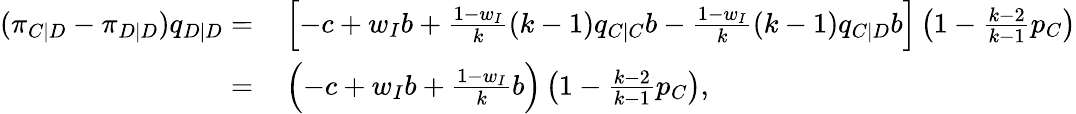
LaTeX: \begin{array}{rl}{(\pi_{C|D}-\pi_{D|D})q_{D|D}=}&{{}\left[-c+w_{I}b+\frac{1-w_{I}}{k}(k-1)q_{C|C}b-\frac{1-w_{I}}{k}(k-1)q_{C|D}b\right]\left(1-\frac{k-2}{k-1}p_{C}\right)}\\ {=}&{{}\left(-c+w_{I}b+\frac{1-w_{I}}{k}b\right)\left(1-\frac{k-2}{k-1}p_{C}\right),}\end{array}